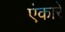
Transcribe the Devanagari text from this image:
एंकारे